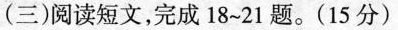
(三)阅读短文，完成18~21题。(15分)